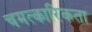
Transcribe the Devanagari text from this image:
चमत्कारिकता